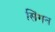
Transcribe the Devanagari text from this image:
सिंगन